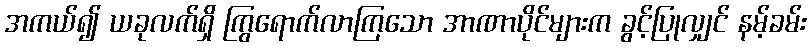
အကယ်၍ ယခုလက်ရှိ ကြွရောက်လာကြသော အာဏာပိုင်များက ခွင့်ပြုလျှင် နမ့်ခမ်း